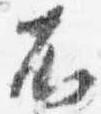
不